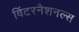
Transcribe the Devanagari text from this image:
विंटरनैशनल्स